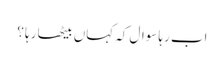
اب رہا سوال کہ کہاں بیٹھا رہا ؟